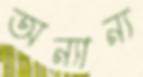
অন্যান্য